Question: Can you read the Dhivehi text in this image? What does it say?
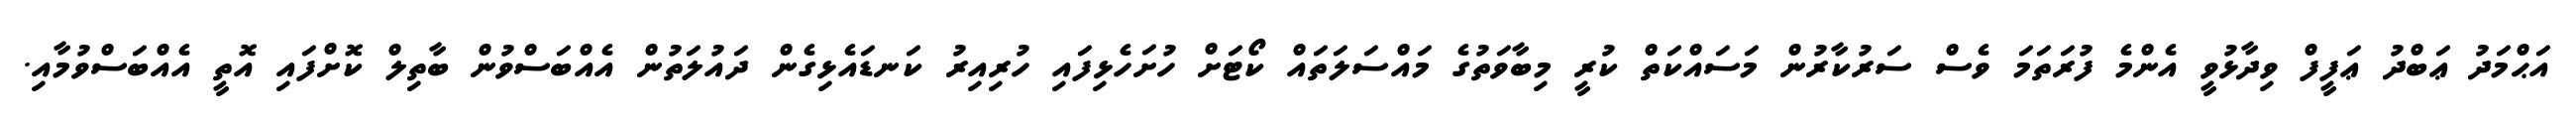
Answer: އަޙްމަދު ޢަބްދު ޢަފީފް ވިދާޅުވީ އެންމެ ފުރަތަމަ ވެސް ސަރުކާރުން މަސައްކަތް ކުރީ މިބާވަތުގެ މައްސަލަތައް ކޯޓަށް ހުށަހެޅިފައި ހުރިއިރު ކަނޑައެޅިގެން ދައުލަތުން އެއްބަސްވުން ބާތިލް ކޮށްފައި އޮތީ އެއްބަސްވުމާއި.